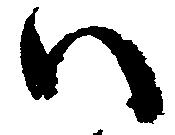
い